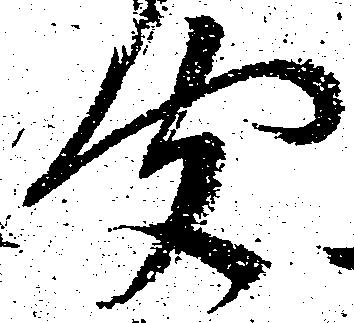
聞